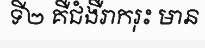
ទី២ គឺជំងឺរាករុះ មាន